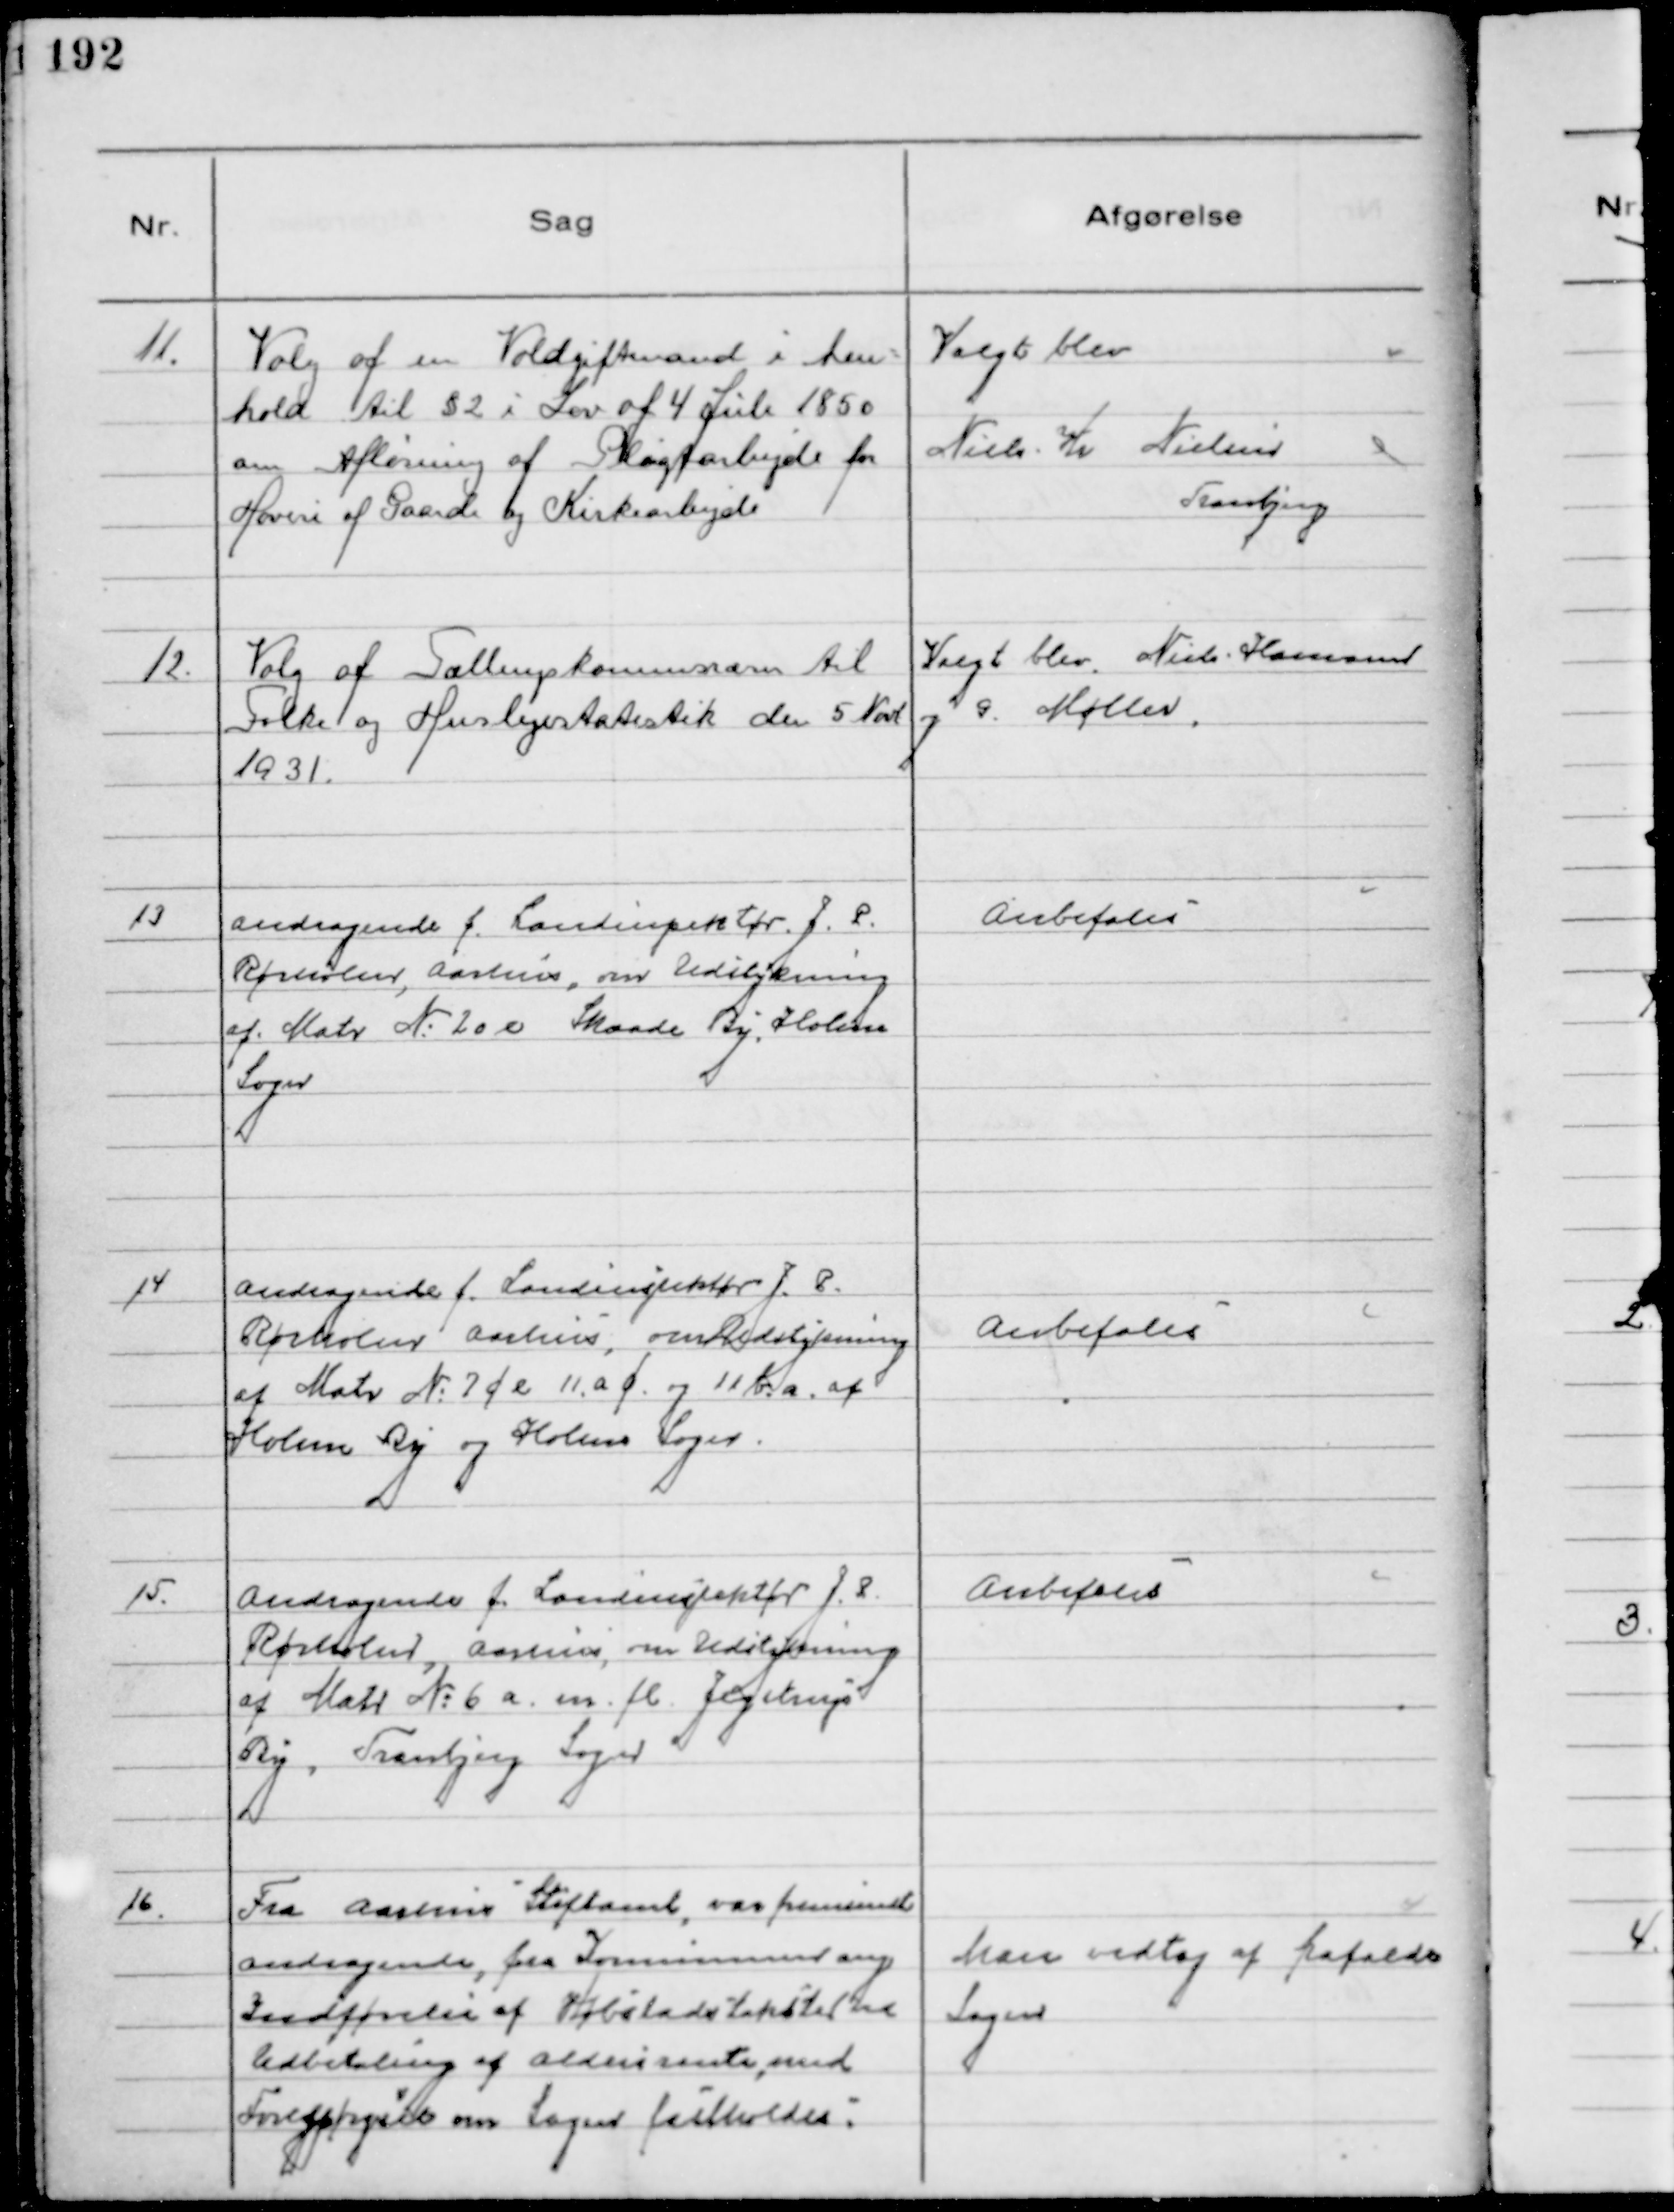
Transskription:
11.
Valg af en Voldgiftmand i hen-
hold til § 2 i Lov af 4 Juli 1850
om Afløsning af Pligtarbejde for
Hoveri af Gaarde og Kirkearbejde

Valgt blev
Niels Kr Nielsen
Tranbjerg

12.
Valg af Tællingskommisærer til
Folke og Huslejestatistik den 5 Novb
1931.

Valgt blev Niels Hamann
og G. Møller.

13
Andragende f. Landinspektør J. P.
Rørholm, Aarhus, om Udstykning
af Matr №20 e Skaade By, Holme
Sogn

Anbefales

14
Andragende f. Landinspektør J. P. 
Rørholm Aarhus, om Udstykning
af Matr №7 c e 11. a f. og 11 b. a. af
Holme By og Holme Sogn.

Anbefales

15.
Andragende f. Landinspektør J. P.
Rørholm, Aarhus, om Udstykning
af Matr №6 a. m. fl. Jegstrup
By, Tranbjerg Sogn

Anbefales

16.
Fra Aarhus Stiftamt, var fremsendt
andragende, fra Kommisionen ang
Indførelse af Købstadstakster til
Udbetaling af Aldersrente, med
Forespørgsel om Sagen fastholdes.

Man vedtog af frafalde
Sagen